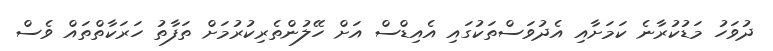
ދުވަހު މަޑުކުރާނެ ކަމަށާއި އެދުވަސްތަކުގައި އެއިޑްސް އަށް ހޭލުންތެރިކުރުމަށް ތަފާތު ހަރަކާތްތައް ވެސް